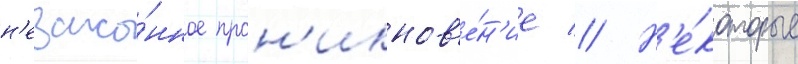
н'езако́нное прон'икнов'е́н'ие // Н'е́которые